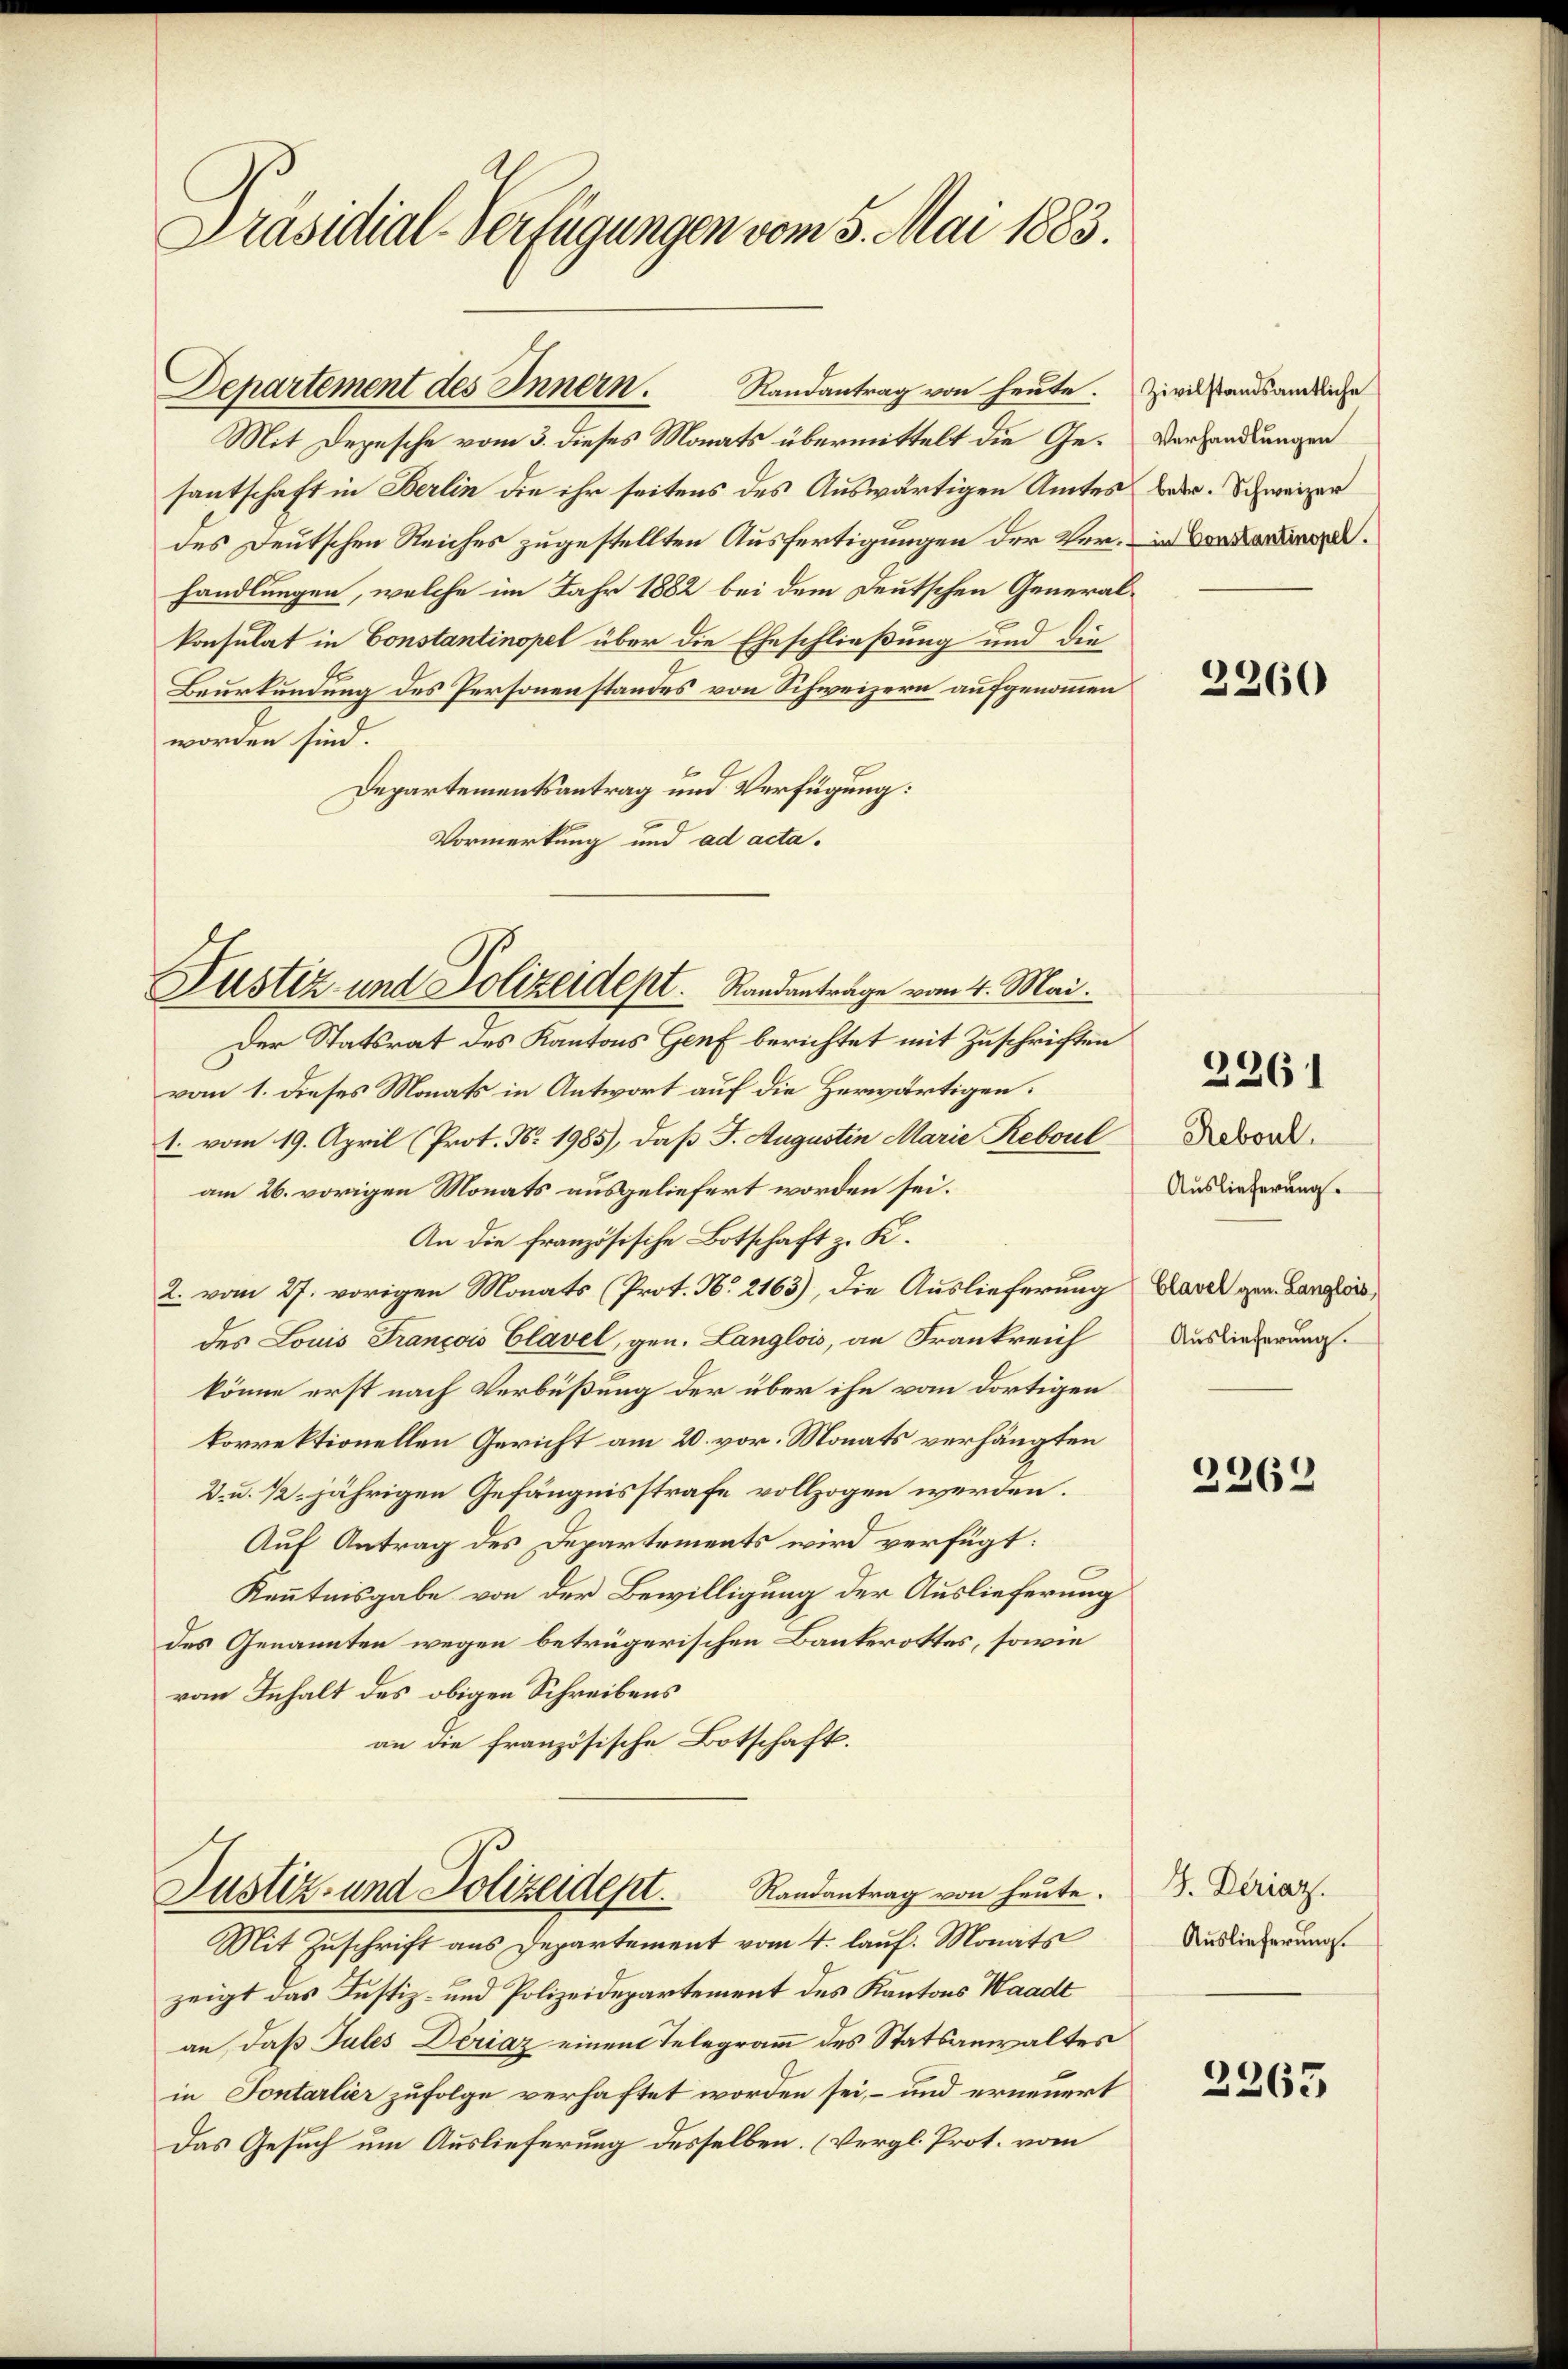
Präsidial-Verfügungen vom 5. Mai 1883.

Departement des Innern.
Randantrag von heute.

Mit Depesche vom 3. dieses Monats übermittelt die Gesantschaft in Berlin die ihr seitens des Auswärtigen Amtes bedr. Schweizer
des Deutschen Reiches zugestellten Ausfertigungen der Ver- in Verhandlungen, welche im Jahr 1882 bei dem Deutschen Generalkonsulat in Constantinopel über die Eheschließung und die
Beurkundung des Personenstandes von Schweizern aufgenommen
worden sind.
Departementsantrag und Verfügung:
Vormerkung und ad acta.

Justiz und Polizeidept. Standentrage vom 4. Mai.
Der Statsrat des Kantons Genf berichtet mit Zuschriften

vom 1. dieses Monats in Antwort auf die Herwärtigen.
1. vom 19. April (Prot. Nr. 1985), daß F. Augustin Marie Reboul Davon.
am 26. vorigen Monats ausgeliefert worden sei.
An die französische Botschaft z. K.
2. vom 27. vorigen Monats (Prot. N. 2163), die Auslieferung
des Louis François Clavel, gen. Langlois, an Frankreich
könne erst nach Verbüßung der über ihn vom dortigen
korrektionellen Gericht am 20. vor. Monats verhängten
D. u. 12 jährigen Gefängnisstrafe vollzogen werden.
Auf Antrag des Departements wird verfügt:
Kenntnisgabe von der Bewilligung der Auslieferung
des Genannten wegen betrügerischen Bauterottes, sowie
ran Inhalt des obigen Schreibens
an die französische Botschaft.

Randantrag von heute.
Justiz- und Polizeident.
Mit Zuschrift aus Departement vom 4. lauf. Monats

zeigt das Justiz- und Polizeidepartement des Kantons Waadt
an, daß Jules Deriaz einem Telegramm des Statsanwaltes
in Fontarlier zufolge verhaftet worden sei, - und erneuert
Das Gesuch um Auslieferung desselben. (Vergl. Prot. vom

Zivilstandsamtliche
Verhandlungen

2360

2261

Auslieferung.
Clavel gen. Langlois,
Auslieferung.

2362

G. Deriaz.
Auslieferung.

2263